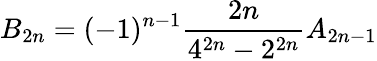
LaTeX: B_{2n}=(-1)^{n-1}{\frac{2n}{4^{2n}-2^{2n}}}A_{2n-1}